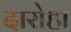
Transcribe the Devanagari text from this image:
दारोहा